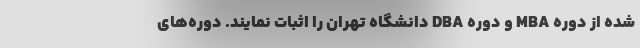
شده از دوره‌ MBA و دوره DBA دانشگاه تهران را اثبات نمایند. دوره‌های